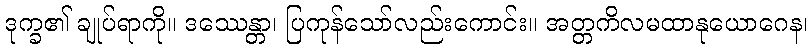
ဒုက္ခ၏ ချုပ်ရာကို။ ဒဿေန္တာ၊ ပြကုန်သော်လည်းကောင်း။ အတ္တကိလမထာနုယောဂေန၊